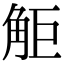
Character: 𧣒